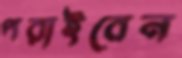
পরাইবেন